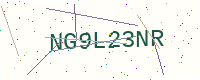
Text: NG9L23NR